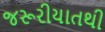
જરૂરીયાતથી